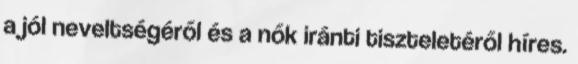
a jól neveltségéről és a nők iránti tiszteletéről híres.